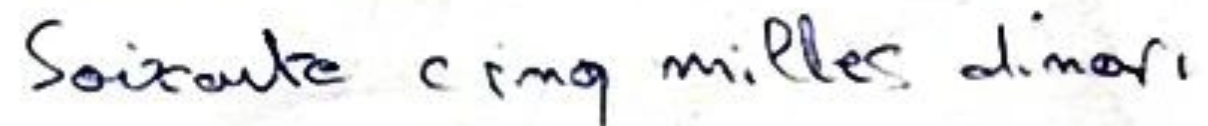
Soixante cinq milles dinar